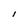
Character: l